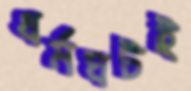
ধর্মঘটই